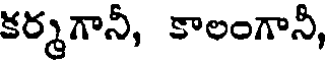
కర్మగానీ, కాలంగానీ,